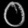
Digit: ၀